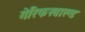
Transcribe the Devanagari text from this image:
गेरिफस्वाल्ड